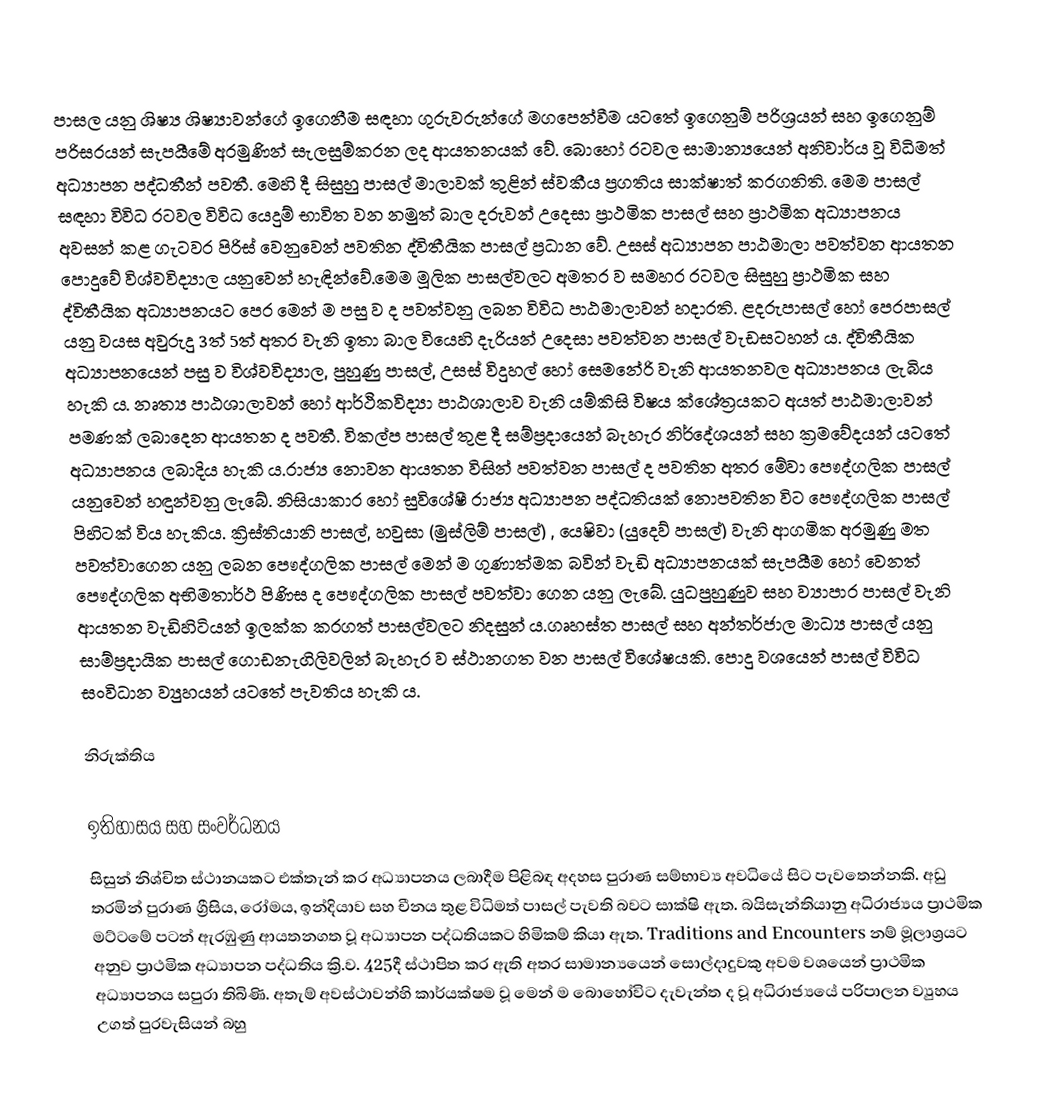
පාසල යනු ශිෂ්‍ය ශිෂ්‍යාවන්ගේ ඉගෙනීම සඳහා ගුරුවරුන්ගේ මගපෙන්වීම යටතේ ඉගෙනුම් පරිශ්‍රයන් සහ ඉගෙනුම් පරිසරයන් සැපයීමේ අරමුණින් සැලසුම්කරන ලද ආයතනයක් වේ. බොහෝ රටවල සාමාන්‍යයෙන් අනිවාර්ය වූ විධිමත් අධ්‍යාපන පද්ධතීන් පවතී. මෙහි දී සිසුහු පාසල් මාලාවක් තුළින් ස්වකීය ප්‍රගතිය සාක්ෂාත් කරගනිති. මෙම පාසල් සඳහා විවිධ රටවල විවිධ යෙදුම් භාවිත වන නමුත් බාල දරුවන් උදෙසා ප්‍රාථමික පාසල් සහ ප්‍රාථමික අධ්‍යාපනය අවසන් කළ ගැටවර පිරිස් වෙනුවෙන් පවතින ද්විතීයික පාසල් ප්‍රධාන වේ. උසස් අධ්‍යාපන පාඨමාලා පවත්වන ආයතන පොදුවේ විශ්වවිද්‍යාල යනුවෙන් හැඳින්වේ.මෙම මූලික පාසල්වලට අමතර ව සමහර රටවල සිසුහු ප්‍රාථමික සහ ද්විතීයික අධ්‍යාපනයට පෙර මෙන් ම පසු ව ද  පවත්වනු ලබන විවිධ පාඨමාලාවන් හදාරති. ළදරුපාසල් හෝ පෙරපාසල් යනු වයස අවුරුදු 3ත් 5ත් අතර වැනි ඉතා බාල වියෙහි දැරියන් උදෙසා පවත්වන පාසල් වැඩසටහන් ය. ද්විතීයික අධ්‍යාපනයෙන් පසු ව විශ්වවිද්‍යාල, පුහුණු පාසල්, උසස් විදුහල් හෝ සෙමනේරි  වැනි ආයතනවල අධ්‍යාපනය ලැබිය හැකි ය. නෘත්‍ය පාඨශාලාවන් හෝ ආර්ථිකවිද්‍යා පාඨශාලාව වැනි යම්කිසි විෂය ක්ශේත්‍රයකට අයත් පාඨමාලාවන් පමණක් ලබාදෙන ආයතන ද පවතී. විකල්ප පාසල් තුළ දී සම්ප්‍රදායෙන් බැහැර නිර්දේශයන් සහ ක්‍රමවේදයන් යටතේ අධ්‍යාපනය ලබාදිය හැකි ය.රාජ්‍ය නොවන ආයතන විසින් පවත්වන පාසල් ද පවතින අතර මේවා පෞද්ගලික පාසල් යනුවෙන් හඳුන්වනු ලැබේ. නිසියාකාර හෝ සුවිශේෂී රාජ්‍ය අධ්‍යාපන පද්ධතියක් නොපවතින විට පෞද්ගලික පාසල් පිහිටක් විය හැකිය. ක්‍රිස්තියානි පාසල්, හවුසා (මුස්ලිම් පාසල්) , යෙෂිවා (යුදෙව් පාසල්) වැනි ආගමික අරමුණු මත පවත්වාගෙන යනු ලබන පෞද්ගලික පාසල් මෙන් ම ගුණාත්මක බවින් වැඩි අධ්‍යාපනයක් සැපයීම හෝ වෙනත් පෞද්ගලික අභිමතාර්ථ පිණිස ද පෞද්ගලික පාසල් පවත්වා ගෙන යනු ලැබේ. යුධපුහුණුව සහ ව්‍යාපාර පාසල් වැනි ආයතන වැඩිහිටියන් ඉලක්ක කරගත් පාසල්වලට නිදසුන් ය.ගෘහස්ත පාසල් සහ අන්තර්ජාල මාධ්‍ය පාසල් යනු සාම්ප්‍රදායික පාසල් ගොඩනැගිලිවලින් බැහැර ව ස්ථානගත වන පාසල් විශේෂයකි. පොදු වශයෙන් පාසල් විවිධ සංවිධාන ව්‍යුහයන් යටතේ පැවතිය හැකි ය.

නිරුක්තිය

ඉතිහාසය සහ සංවර්ධනය
සිසුන් නිශ්චිත ස්ථානයකට එක්තැන් කර අධ්‍යාපනය ලබාදීම පිළිබඳ  අදහස පුරාණ සම්භාව්‍ය අවධියේ සිට පැවතෙන්නකි. අඩු තරමින් පුරාණ ග්‍රීසිය, රෝමය, ඉන්දියාව සහ චීනය තුළ විධිමත් පාසල් පැවති බවට සාක්ෂි ඇත. බයිසැන්තියානු අධිරාජ්‍යය ප්‍රාථමික මට්ටමේ පටන් ඇරඹුණු  ආයතනගත වූ අධ්‍යාපන පද්ධතියකට හිමිකම් කියා ඇත. Traditions and Encounters  නම් මූලාශ්‍රයට අනුව ප්‍රාථමික අධ්‍යාපන පද්ධතිය ක්‍රි.ව. 425දී ස්ථාපිත කර ඇති අතර සාමාන්‍යයෙන් සොල්දාදුවකු අවම වශයෙන් ප්‍රාථමික අධ්‍යාපනය සපුරා තිබිණි. අතැම් අවස්ථාවන්හි කාර්යක්ෂම වූ මෙන් ම බොහෝවිට දැවැන්ත ද වූ අධිරාජ්‍යයේ පරිපාලන ව්‍යුහය උගත් පුරවැසියන් බහු